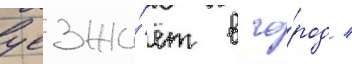
уезжа́ет в го́род /